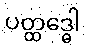
ပတ္ထဒ္ဓေါ